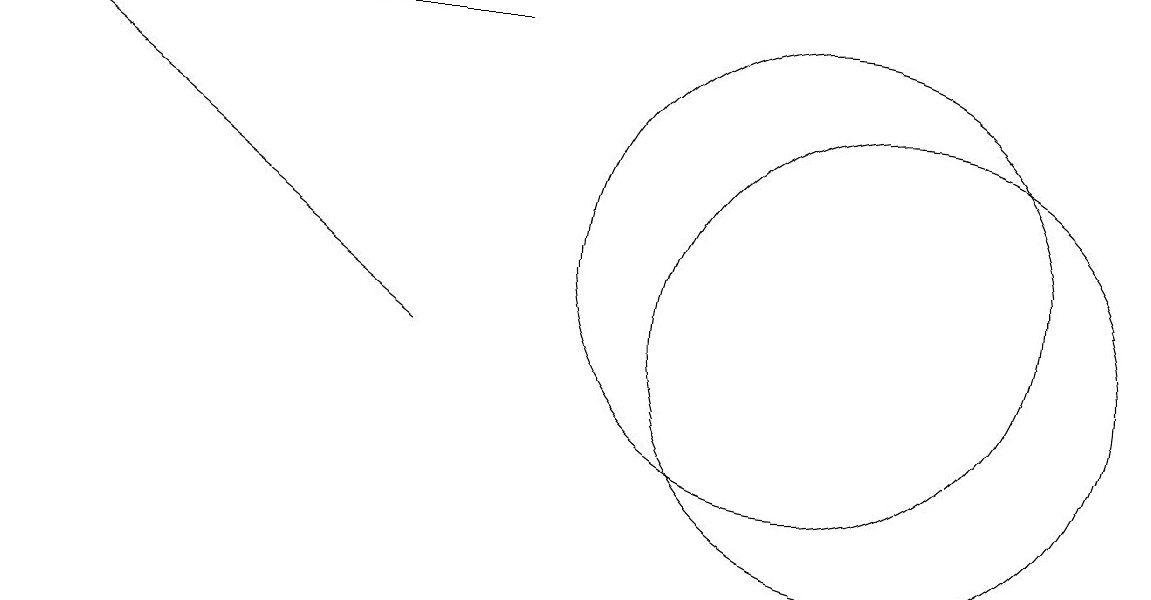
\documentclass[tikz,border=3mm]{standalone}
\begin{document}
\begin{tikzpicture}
\draw[->] (6,15) -- (3,15);
\draw (10,12) circle (3);
\draw (11,11) circle (3);
\draw[->] (5,11) -- (0,15);
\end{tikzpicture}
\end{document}